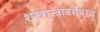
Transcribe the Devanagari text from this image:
शस्त्रास्त्रांबरोबरच